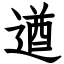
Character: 遒